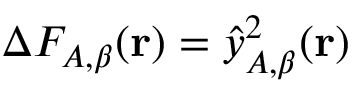
\Delta F _ { A , \beta } ( \mathbf { r } ) = \hat { y } _ { A , \beta } ^ { 2 } ( \mathbf { r } )